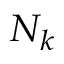
N _ { k }